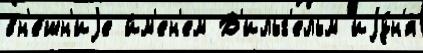
вн'е́шн'иjе и́м'ен'ем В'ильг'ельм иjу́н'я